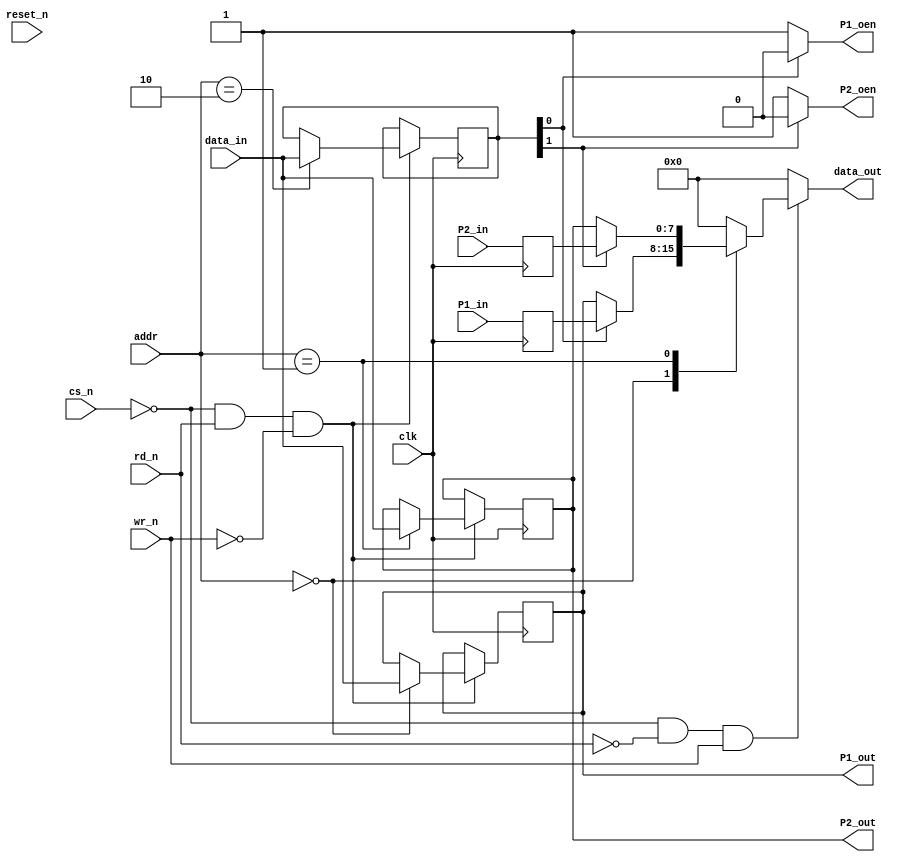
//
// iceZ0mb1e - FPGA 8-Bit TV80 SoC for Lattice iCE40
// with complete open-source toolchain flow using yosys and SDCC
//
// Copyright (c) 2018 Franz Neumann (netinside2000@gmx.de)
//
// Permission is hereby granted, free of charge, to any person obtaining a 
// copy of this software and associated documentation files (the "Software"), 
// to deal in the Software without restriction, including without limitation 
// the rights to use, copy, modify, merge, publish, distribute, sublicense, 
// and/or sell copies of the Software, and to permit persons to whom the 
// Software is furnished to do so, subject to the following conditions:
//
// The above copyright notice and this permission notice shall be included 
// in all copies or substantial portions of the Software.
//
// THE SOFTWARE IS PROVIDED "AS IS", WITHOUT WARRANTY OF ANY KIND, 
// EXPRESS OR IMPLIED, INCLUDING BUT NOT LIMITED TO THE WARRANTIES OF 
// MERCHANTABILITY, FITNESS FOR A PARTICULAR PURPOSE AND NONINFRINGEMENT. 
// IN NO EVENT SHALL THE AUTHORS OR COPYRIGHT HOLDERS BE LIABLE FOR ANY 
// CLAIM, DAMAGES OR OTHER LIABILITY, WHETHER IN AN ACTION OF CONTRACT, 
// TORT OR OTHERWISE, ARISING FROM, OUT OF OR IN CONNECTION WITH THE 
// SOFTWARE OR THE USE OR OTHER DEALINGS IN THE SOFTWARE.
//

module simpleio (
    input clk,
    input reset_n,
    output[7:0] data_out,
    input[7:0] data_in,
    input cs_n,
    input rd_n,
    input wr_n,
    input[1:0] addr,
    output[7:0] P1_out,
    input[7:0] P1_in,
    output P1_oen,
    output[7:0] P2_out,
    input[7:0] P2_in,
    output P2_oen
);
    `define MODE_WR 1'b0
    `define MODE_RD 1'b1
    reg[7:0] cfgreg;

    wire read_sel = !cs_n & !rd_n & wr_n;
    wire write_sel = !cs_n & rd_n & !wr_n;

    reg[7:0] out_1, out_2;
    reg[7:0] in_1, in_2;

    reg[7:0] read_data;

    assign P1_oen = (cfgreg[0] == `MODE_WR) ? 1'b1 : 1'b0;
    assign P2_oen = (cfgreg[1] == `MODE_WR) ? 1'b1 : 1'b0;
    assign P1_out = out_1;
    assign P2_out = out_2;

	assign data_out = (read_sel) ? read_data : 8'b0;

    always @(*)
	begin
		case(addr)
			2'h0 : read_data = ((cfgreg[0] == `MODE_RD) ? in_1 : out_1);
			3'h1 : read_data = ((cfgreg[1] == `MODE_RD) ? in_2 : out_2);
			default : read_data = 8'h00;
		endcase
	end

    always @(posedge clk)
    begin
        if ( write_sel ) begin
            case(addr)
                2'b00 : out_1 <= data_in;
                2'b01 : out_2 <= data_in;
                2'b10 : cfgreg <= data_in;
            endcase
        end
        in_1 <= P1_in;
        in_2 <= P2_in;
    end

endmodule